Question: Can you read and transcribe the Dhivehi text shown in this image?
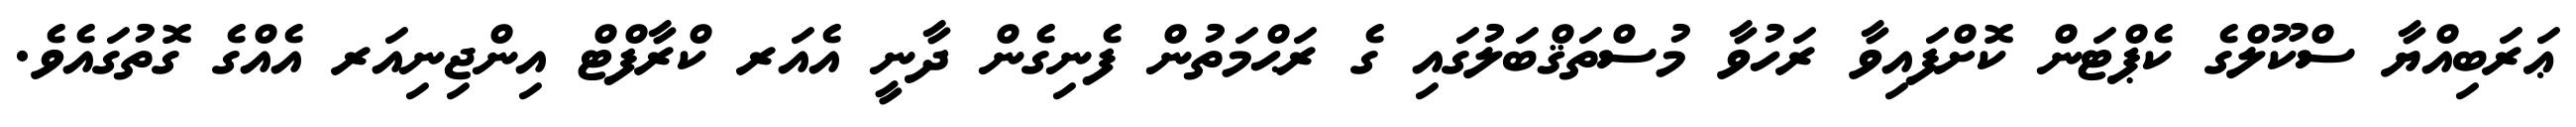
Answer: ޢަރަބިއްޔާ ސްކޫލްގެ ކެޕްޓަން ކޮށްފައިވާ ރަހުވާ މުސްތަޤްބަލުގައި ގެ ރަޙްމަތުން ފެނިގެން ދާނީ އެއަރ ކްރާފްޓް އިންޖިނިއަރ އެއްގެ ގޮތުގައެވެ.